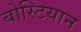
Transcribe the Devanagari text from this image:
बोस्टियान